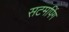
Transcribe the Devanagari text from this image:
सटमपिंग